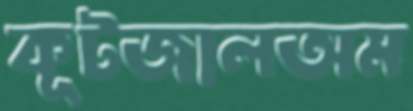
কূটজালঅম